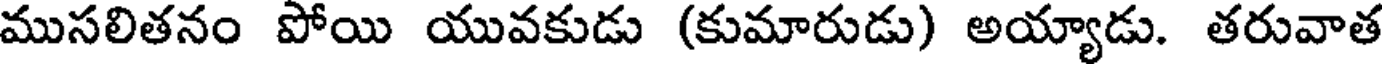
ముసలితనం పోయి యువకుడు (కుమారుడు) అయ్యాడు. తరువాత